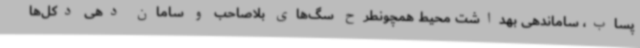
پساب، ساماندهی بهداشت محیط همچونطرح سگ‌های بلاصاحب و سامان دهی دکل‌ها